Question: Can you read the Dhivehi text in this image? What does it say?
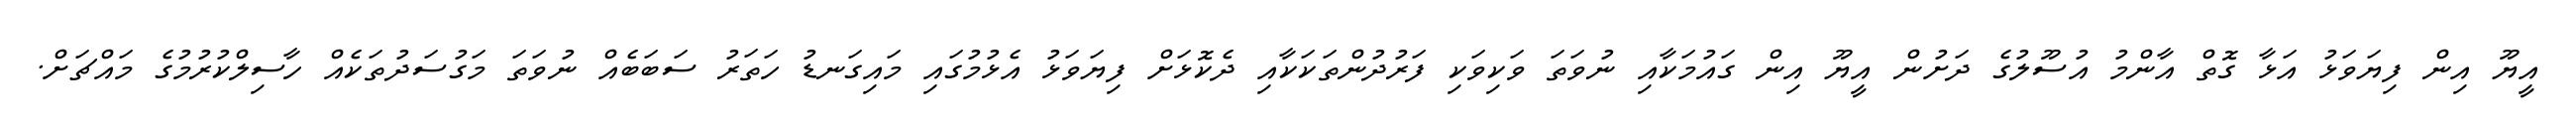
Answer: އީޔޫ އިން ފިޔަވަޅު އަޅާ ގޮތް އާންމު އުސޫލުގެ ދަށުން އީޔޫ އިން ގައުމަކާއި ނުވަތަ ވަކިވަކި ފަރުދުންތަކަކާއި ދެކޮޅަށް ފިޔަވަޅު އެޅުމުގައި މައިގަނޑު ހަތަރު ސަބަބެއް ނުވަތަ މަގުސަދުތަކެއް ހާސިލްކުރުމުގެ މައްޗަށް.